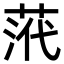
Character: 𮏠